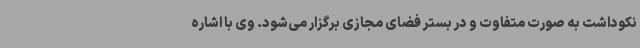
نکوداشت به صورت متفاوت و در بستر فضای مجازی برگزار می‌شود. وی با اشاره